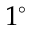
1 ^ { \circ }